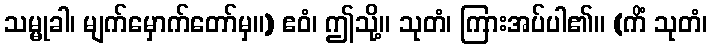
သမ္မုခါ၊ မျက်မှောက်တော်မှ။) ဧဝံ၊ ဤသို့။ သုတံ၊ ကြားအပ်ပါ၏။ (ကိံ သုတံ၊